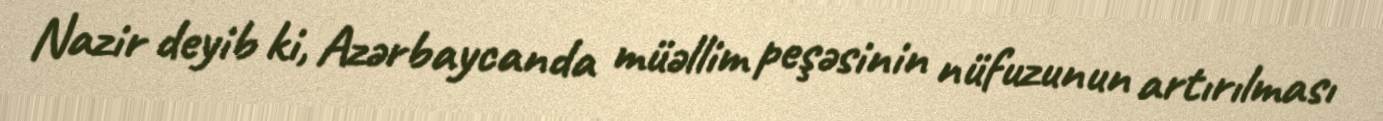
Nazir deyib ki, Azərbaycanda müəllim peşəsinin nüfuzunun artırılması